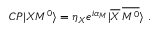
{ \cal C P } | X M ^ { 0 } \rangle = \eta _ { X } e ^ { i \alpha _ { M } } | \overline { { { X } } } \, \overline { { { M ^ { 0 } } } } \rangle \ .